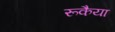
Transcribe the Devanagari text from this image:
रूकैया